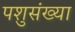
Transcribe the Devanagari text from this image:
पशुसंख्या